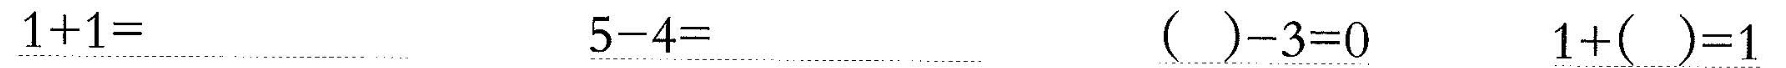
\underline{$$1 + 1 =$$} \underline{$$5 - 4 =$$} \underline{$$( ) - 3 = 0$$} \underline{$$1 + ( ) = 1$$}